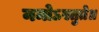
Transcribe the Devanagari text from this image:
नमोऽस्तुते॥